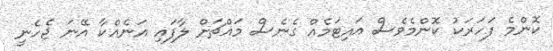
ކޮންމެ ފަހަރަކު ކޮންމެވެސް އައިޓަމެއް ގެނެސް މައްޗަށް ލާފައި އަނެއްކާ އޭނަ ޖެހެނީ